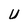
Character: U